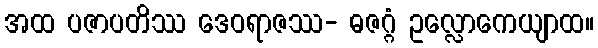
အထ ပဇာပတိဿ ဒေဝရာဇဿ- ဓဇဂ္ဂံ ဥလ္လောကေယျာထ။